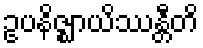
ဥပနိဇ္ဈာယိဿန္တီတိ